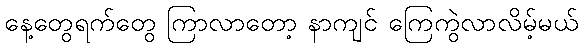
နေ့တွေရက်တွေ ကြာလာတော့ နာကျင် ကြေကွဲလာလိမ့်မယ်